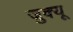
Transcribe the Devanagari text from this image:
जुक्यू